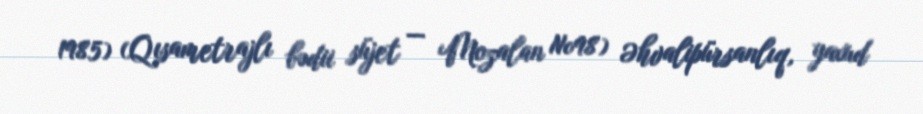
1985) (Qısametrajlı bədii süjet — Mozalan №98) Əhvalipürsanlıq, yaxud